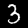
Digit: 3